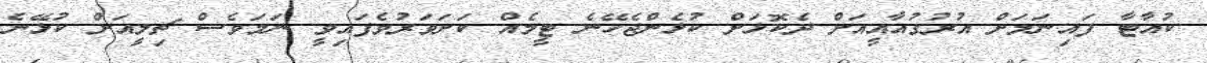
ކުއާޓާ ފައިނަލަށް އުރުގުއާއީއަށް ދެކޮޅަށް ކުޅެންޖެހޭނެ ޓީމެއް ކަށަވަރުވެފައިވީ ނަމަވެސް ޗިލީއަށް ކުޅޭނެ